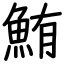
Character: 鮪